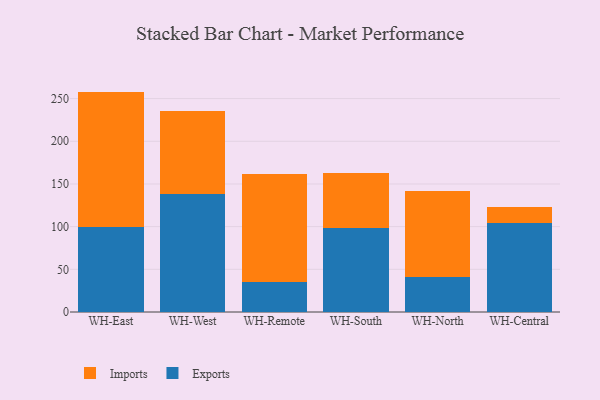
{"axis": {"x": "Warehouse", "y": "Temperature (°C)"}, "legend": ["Exports", "Imports"], "data": [{"x": "WH-East", "y": 100.1, "type": "Exports"}, {"x": "WH-East", "y": 158.1, "type": "Imports"}, {"x": "WH-West", "y": 138.5, "type": "Exports"}, {"x": "WH-West", "y": 97.2, "type": "Imports"}, {"x": "WH-Remote", "y": 34.8, "type": "Exports"}, {"x": "WH-Remote", "y": 126.9, "type": "Imports"}, {"x": "WH-South", "y": 97.9, "type": "Exports"}, {"x": "WH-South", "y": 64.7, "type": "Imports"}, {"x": "WH-North", "y": 41.2, "type": "Exports"}, {"x": "WH-North", "y": 100.0, "type": "Imports"}, {"x": "WH-Central", "y": 103.8, "type": "Exports"}, {"x": "WH-Central", "y": 18.7, "type": "Imports"}]}